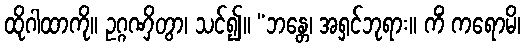
ထိုဂါထာကို။ ဥဂ္ဂဏှိတွာ၊ သင်၍။ “ဘန္တေ၊ အရှင်ဘုရား။ ကိံ ကရောမိ၊